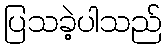
ပြသခဲ့ပါသည်